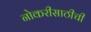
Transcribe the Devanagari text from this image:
नोकरीसाठीची